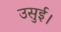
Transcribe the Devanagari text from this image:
उसुई।